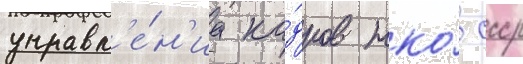
управл'е́н'иа ка́дров нко́ ссср